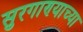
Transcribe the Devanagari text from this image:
सुरगाण्याच्या